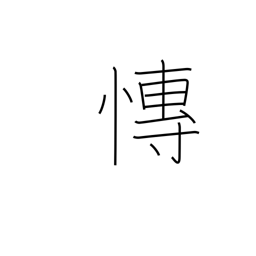
Meaning: grieving